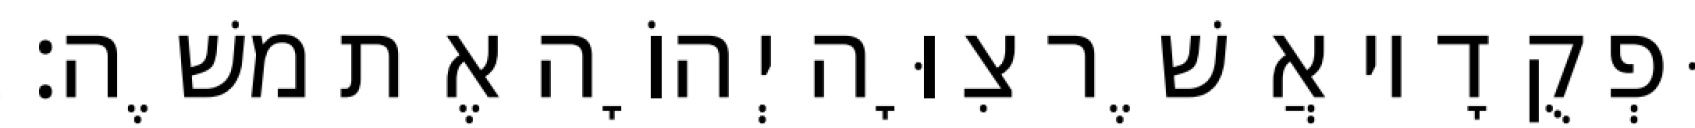
וּפְקֻדָיו אֲשֶׁר צִוָּה יְהוָֹה אֶת משֶׁה׃